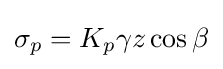
\sigma _{p}=K_{p}\gamma z\cos \beta